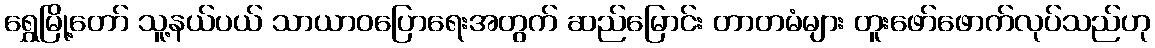
ရွှေမြို့တော် သူ့နယ်ပယ် သာယာဝပြောရေးအတွက် ဆည်မြောင်း တာတမံများ တူးဖော်ဖောက်လုပ်သည်ဟု